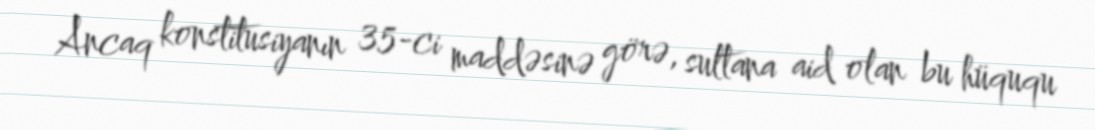
Ancaq konstitusiyanın 35-ci maddəsinə görə, sultana aid olan bu hüququ